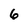
Character: 6